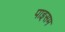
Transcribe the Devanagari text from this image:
पाइसम